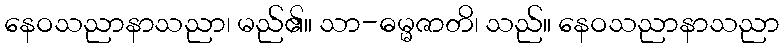
နေဝသညာနာသညာ၊ မည်၏။ သာ-ဓမ္မဇာတိ၊ သည်။ နေဝသညာနာသညာ